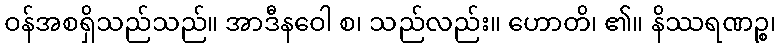
ဝန်အစရှိသည်သည်။ အာဒီနဝေါ စ၊ သည်လည်း။ ဟောတိ၊ ၏။ နိဿရဏဉ္စ၊